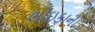
ભોઇકાના